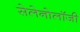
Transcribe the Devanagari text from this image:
सेलेनोलॉजी